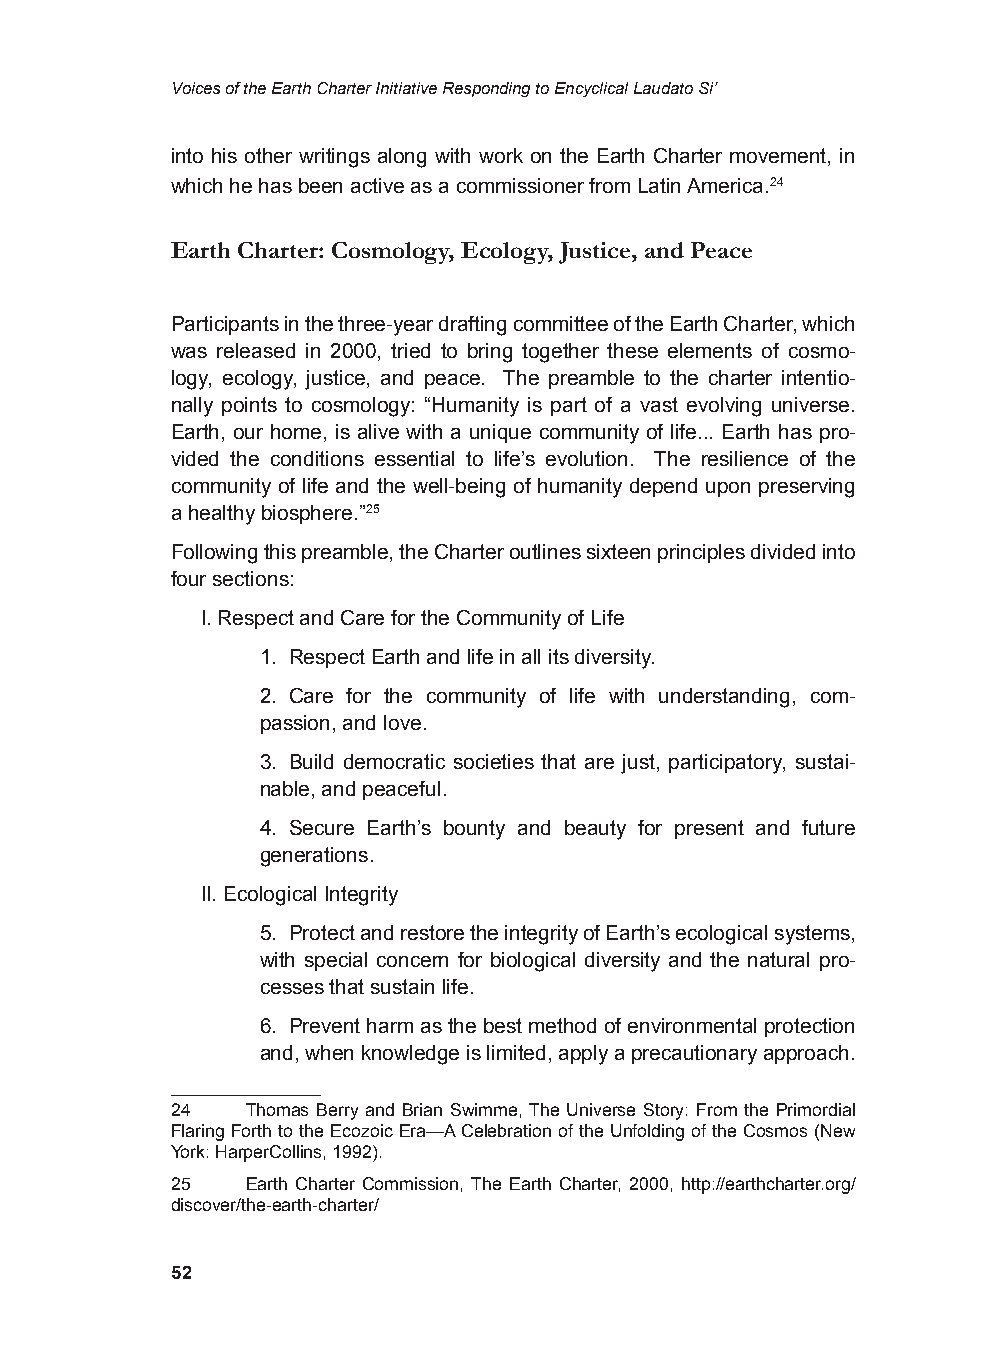
Voices of the Earth Charter Initiative Responding to Encyclical Laudato Si’
 into his other writings along with work on the Earth Charter movement, in
 which he has been active as a commissioner from Latin America.24
 Earth Charter: Cosmology, Ecology, Justice, and Peace
 Participants in the three-year drafting committee of the Earth Charter, which
 was released in 2000, tried to bring together these elements of cosmo-
 logy, ecology, justice, and peace. The preamble to the charter intentio-
 nally points to cosmology: “Humanity is part of a vast evolving universe.
 Earth, our home, is alive with a unique community of life... Earth has pro-
 vided the conditions essential to life’s evolution. The resilience of the
 community of life and the well-being of humanity depend upon preserving
 a healthy biosphere.”25
 Following this preamble, the Charter outlines sixteen principles divided into
 four sections:
 I. Respect and Care for the Community of Life
 1. Respect Earth and life in all its diversity.
 2. Care for the community of life with understanding, com-
 passion, and love.
 3. Build democratic societies that are just, participatory, sustai-
 nable, and peaceful.
 4. Secure Earth’s bounty and beauty for present and future
 generations.
 II. Ecological Integrity
 5. Protect and restore the integrity of Earth’s ecological systems,
 with special concern for biological diversity and the natural pro-
 cesses that sustain life.
 6. Prevent harm as the best method of environmental protection
 and, when knowledge is limited, apply a precautionary approach.
 24   Thomas Berry and Brian Swimme, The Universe Story: From the Primordial
 Flaring Forth to the Ecozoic Era—A Celebration of the Unfolding of the Cosmos (New
 York: HarperCollins, 1992).
 25   Earth Charter Commission, The Earth Charter, 2000, http://earthcharter.org/
 discover/the-earth-charter/
 52